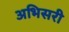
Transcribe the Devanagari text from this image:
अभिसरी